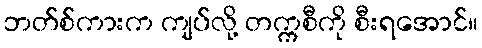
ဘတ်စ်ကားက ကျပ်လို့ တက္ကစီကို စီးရအောင်။